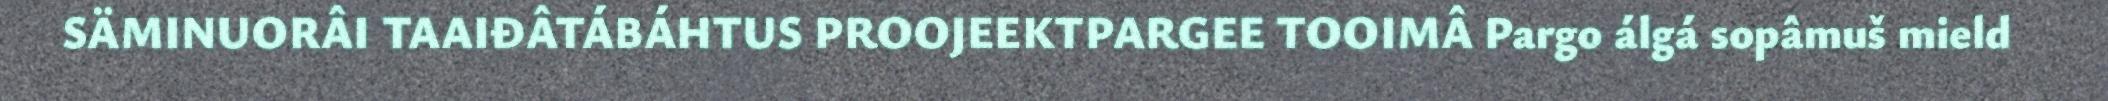
SÄMINUORÂI TAAIĐÂTÁBÁHTUS PROOJEEKTPARGEE TOOIMÂ Pargo álgá sopâmuš mield